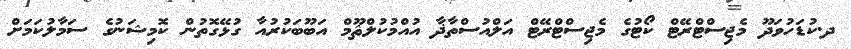
ދ.ކުޑަހުވަދޫ މެޖިސްޓްރޭޓް ކޯޓުގެ މެޖިސްޓްރޭޓް އަލްއުސްތާޛާ އުއްމުކުލްޘޫމް އަބޫބަކުރުއާ ގުޅޭގޮތުން ކޮމިޝަނުގެ ސަމާލުކަމަށް